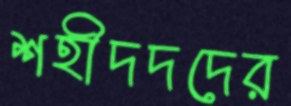
শহীদদদের